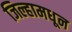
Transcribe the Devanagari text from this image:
जिल्हामधून